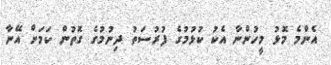
އެންމެ މޮޅު މީހުންނާ އެކު ކުޅުމުގެ ފުރުސަތު ދިނުމުގެ ގޮތުން ކަމަށް އޭނާ